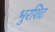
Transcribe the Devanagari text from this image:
भुरशिट